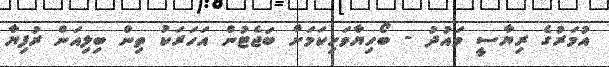
އުމަރުގެ ރިޔާސީ ވައުދު - ބޯހިޔާވަހިކަމަށް ބަޖެޓުން އަހަރަކު ތިން ބިލިއަން ރުފިޔާ